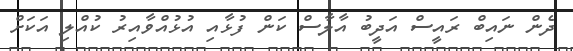
ދެން ނައިބް ރައީސް އަދީބު އާލާސް ކަން ފުޅާއި އުޅުއްވާއިރު ކުއްލި އަކަށް